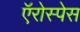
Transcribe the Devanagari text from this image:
ऍरोस्पेस